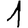
Digit: 1